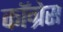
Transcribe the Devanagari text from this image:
काॅग्रेेस